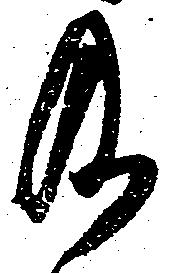
及